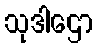
သုဒါဌော